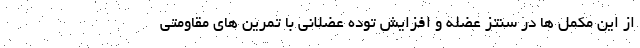
از این مکمل ها در سنتز عضله و افزایش توده عضلانی با تمرین های مقاومتی